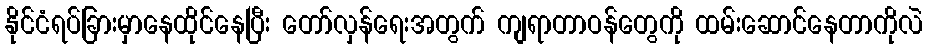
နိုင်ငံရပ်ခြားမှာနေထိုင်နေပြီး တော်လှန်ရေးအတွက် ကျရာတာဝန်တွေကို ထမ်းဆောင်နေတာကိုလဲ